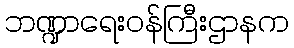
ဘဏ္ဍာရေးဝန်ကြီးဌာနက